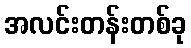
အလင်းတန်းတစ်ခု